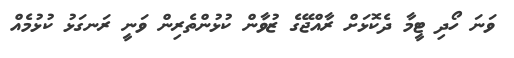
ވަނަ ހޯދި ޓީމާ ދެކޮޅަށް ރާއްޖޭގެ ޒުވާން ކުޅުންތެރިން ވަނީ ރަނގަޅު ކުޅުމެއް